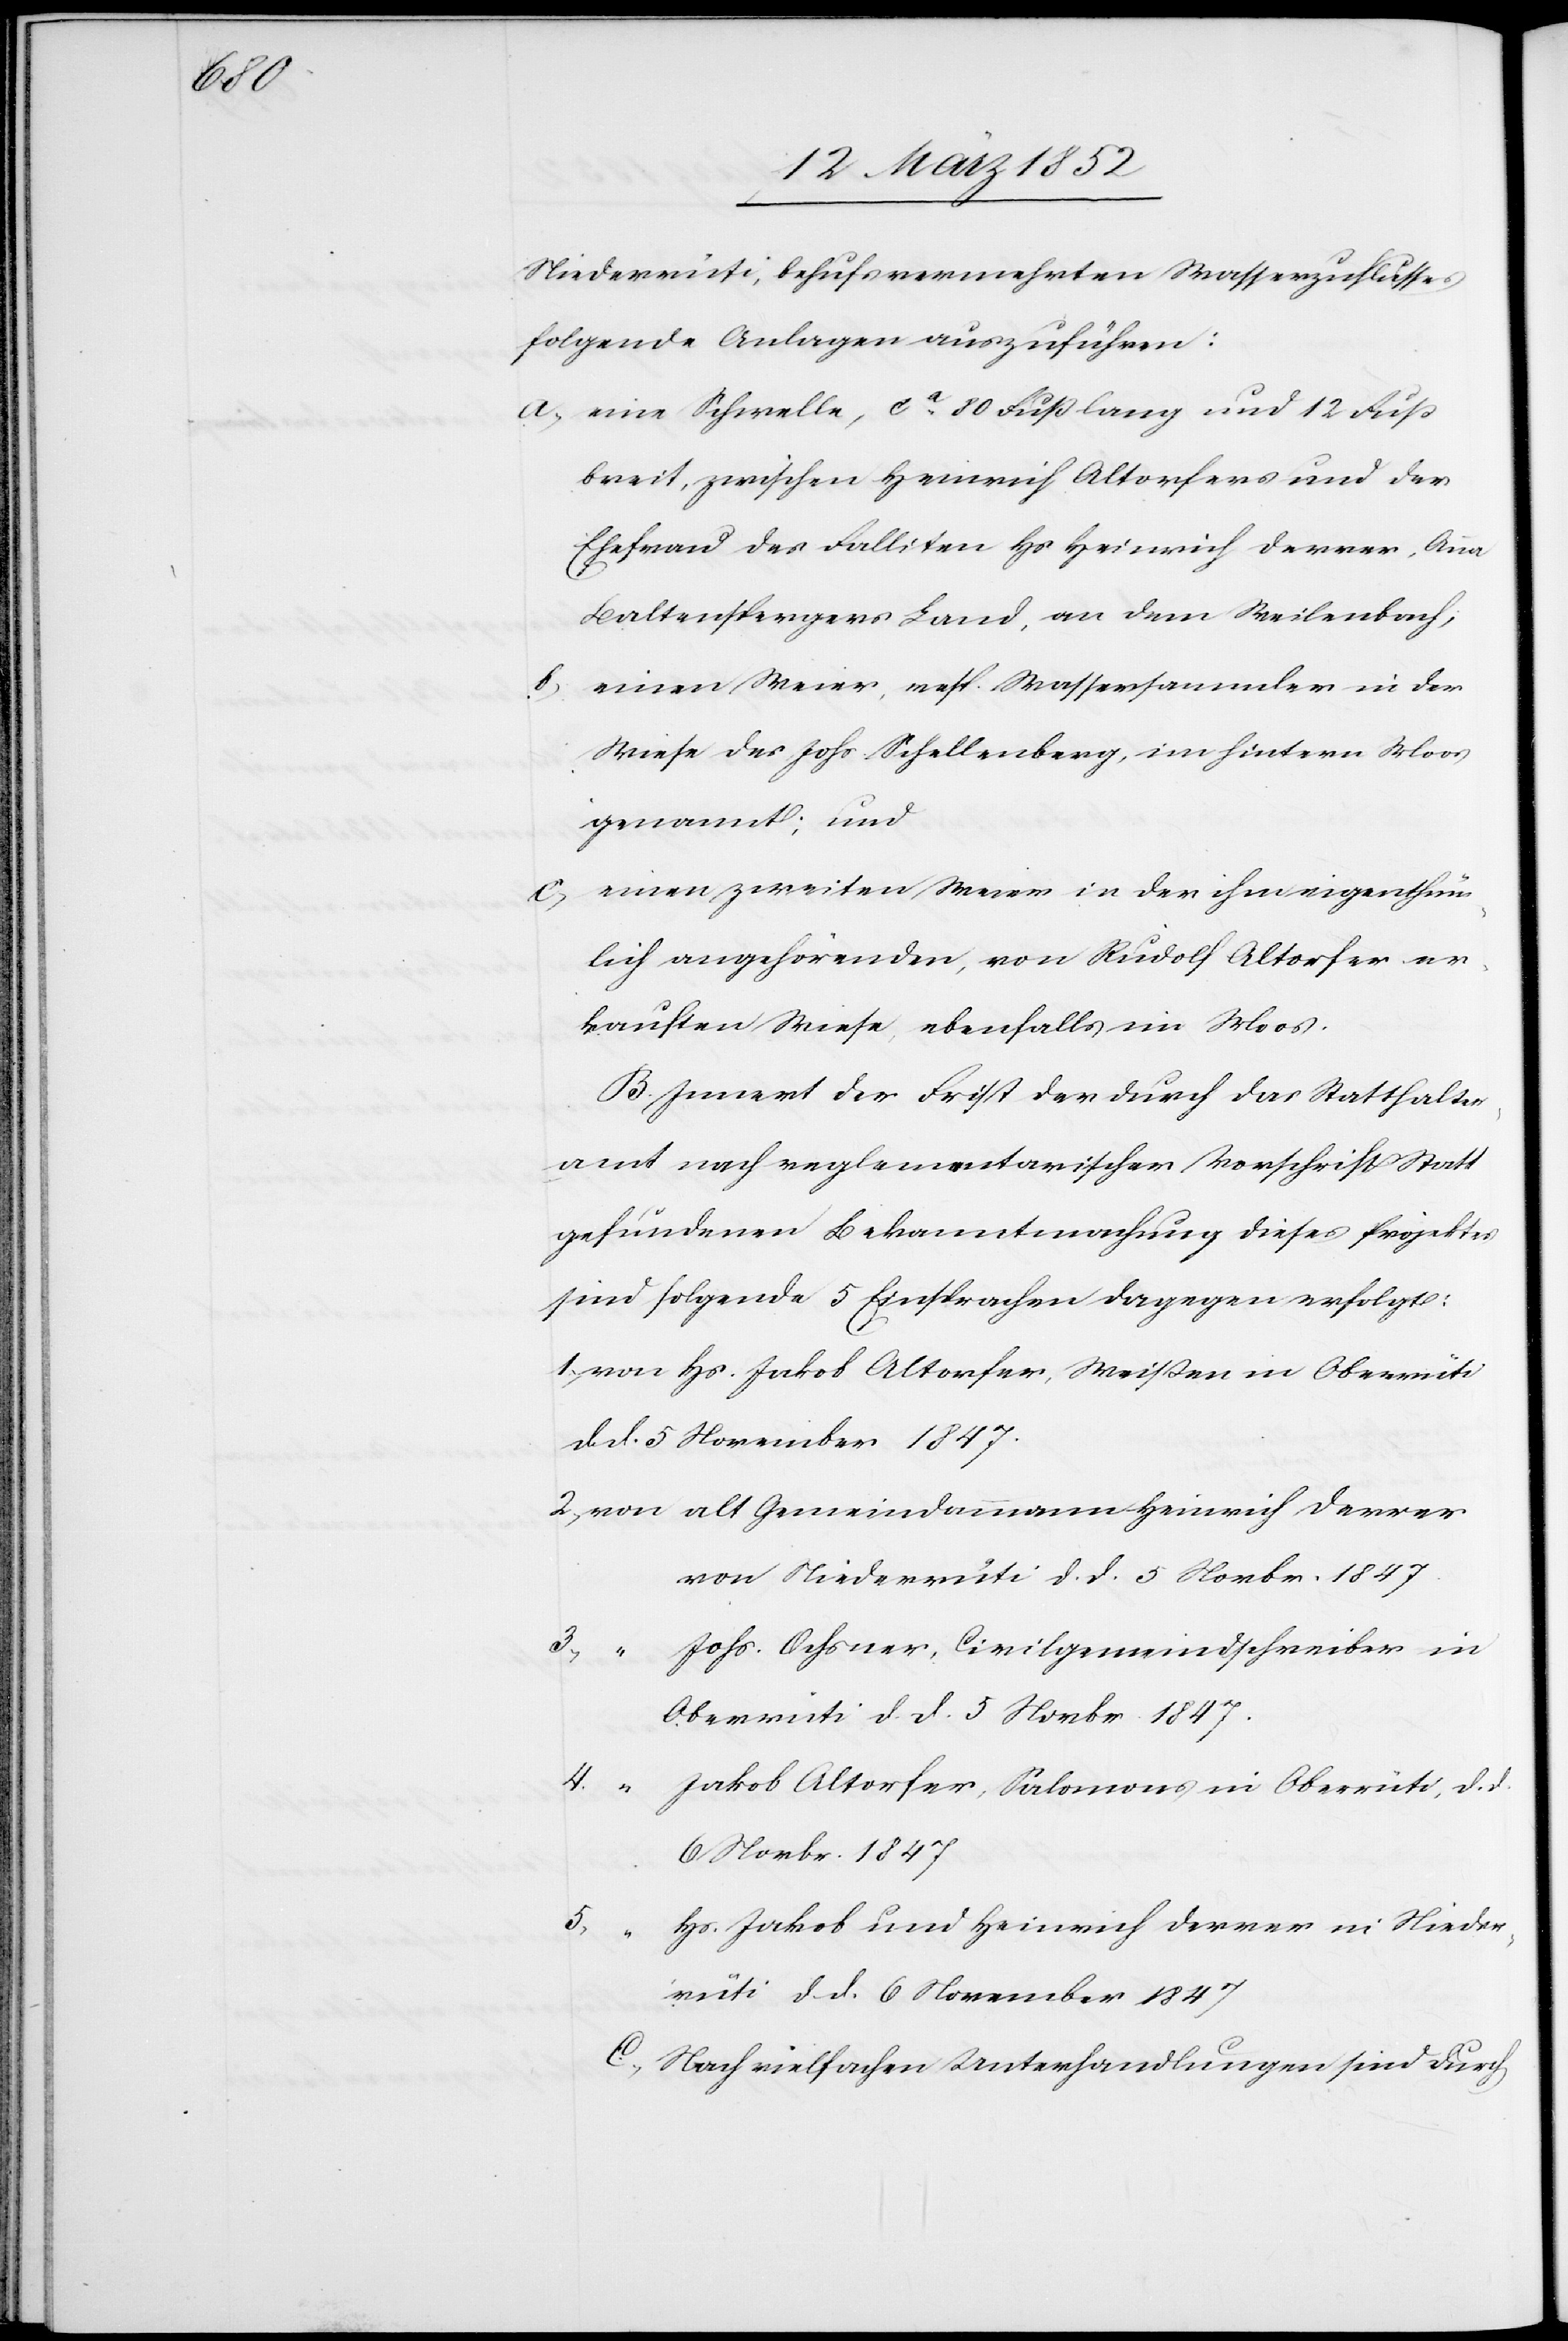
Niederrüti, behufs vermehrten Wasserzuflusses
folgende Anlagen auszuführen:
a) eine Schwelle, ca 80 Fuß lang und 12 Fuß
breit, zwischen Heinrich Altorfers und der
Ehefrau des Falliten Hs Heinrich Derrer, Anna
Kaltenspergers Land, an dem Weilenbach;
einen Weier, resp. Wassersammler in der
Wiese des Johs. Schellenberg, im hintern Moos
genannt; und
c) einen zweiten Weier in der ihm eigenthüm¬
lich angehörenden, von Rudolf Altorfer er¬
kauften Wiese, ebenfalls im Moos.
B. Innert der Frist der durch das Statthalter¬
amt nach reglementarischer Vorschrift Statt
gefundenen Bekanntmachung dieses Projektes
sind folgende 5 Einsprachen dagegen erfolgt:
1) von Hs. Jakob Altorfer, Weißen in Oberrüti
dd. 5 November 1847.
2) von alt Gemeindammann Heinrich Derrer
von Niederrüti d. d. 5 Novbr. 1847.
Johs. Ochsner, Civilgemeindschreiber in
Oberrüti d. d. 5 Novbr. 1847.
4.
Jakob Altorfer, Salomons in Oberrüti, d. d.
6 Novbr. 1847
5.
Hs. Jakob und Heinrich Derrer in Nieder¬
rüti d. d. 6 November 1847
C.) Nach vielfachen Unterhandlungen sind durch